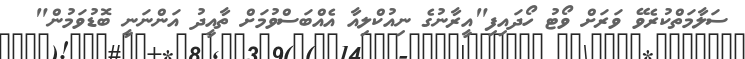
ސަލާމަތްކުރެވޭ ވަަރަށް ވޯޓު ހޯދައިފި"އީރާނުގެ ނިއުކްލިއާ އެއްބަސްވުމަށް ތާއީދު އަންނަނީ ބޮޑުވަމުން"